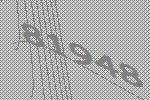
81948